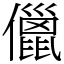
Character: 儠